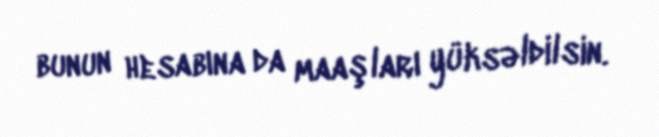
bunun hesabına da maaşları yüksəldilsin.